Annual report of the Punjab Veterinary College and of the Civil Veterinary Department, Punjab - 1920-1925
Year: 1920
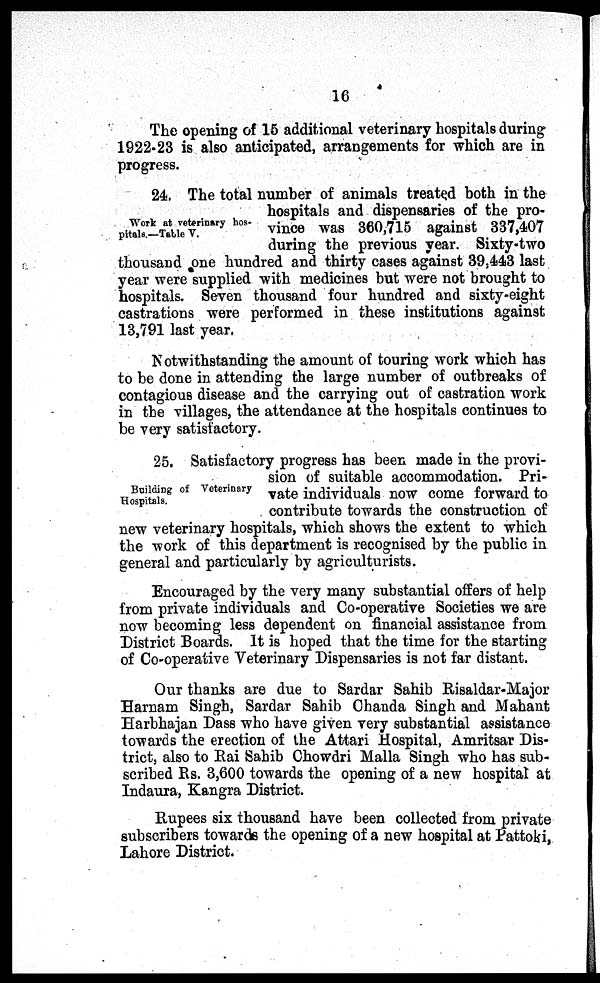
16
The opening of 15 additional veterinary hospitals during
1922-23 is also anticipated, arrangements for which are in
progress.
Work at veterinary hos-
pitals.—Table V.
24. The total number of animals treated both in the
hospitals and dispensaries of the pro-
vince was 360,715 against 337,407
during the previous year. Sixty-two
thousand one hundred and thirty cases against 39,443 last
year were supplied with medicines but were not brought to
hospitals. Seven thousand four hundred and sixty-eight
castrations were performed in these institutions against
13,791 last year,
Notwithstanding the amount of touring work which has
to be done in attending the large number of outbreaks of
contagious disease and the carrying out of castration work
in the villages, the attendance at the hospitals continues to
be very satisfactory.
Building of Veterinary
Hospitals.
25. Satisfactory progress has been made in the provi-
sion of suitable accommodation. Pri-
vate individuals now come forward to
contribute towards the construction of
new veterinary hospitals, which shows the extent to which
the work of this department is recognised by the public in
general and particularly by agriculturists.
Encouraged by the very many substantial offers of help
from private individuals and Co-operative Societies we are
now becoming less dependent on financial assistance from
District Boards. It is hoped that the time for the starting
of Co-operative Veterinary Dispensaries is not far distant.
Our thanks are due to Sardar Sahib Risaldar-Major
Harnam Singh, Sardar Sahib Chanda Singh and Mahant
Harbhajan Dass who have given very substantial assistance
towards the erection of the Attari Hospital, Amritsar Dis-
trict, also to Rai Sahib Chowdri Malla Singh who has sub-
scribed Rs. 3,600 towards the opening of a new hospital at
Indaura, Kangra District.
Rupees six thousand have been collected from private
subscribers towards the opening of a new hospital at Pattoki,
Lahore District.